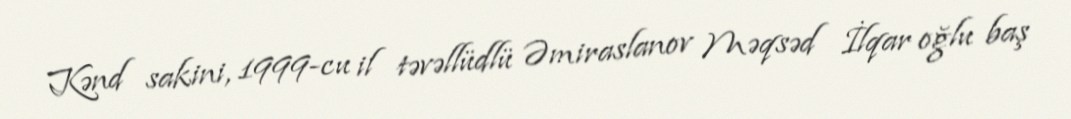
Kənd sakini, 1999-cu il təvəllüdlü Əmiraslanov Məqsəd İlqar oğlu baş